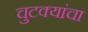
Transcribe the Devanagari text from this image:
चुटक्यांचा